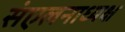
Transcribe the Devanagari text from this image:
संएलनाध्यक्ष